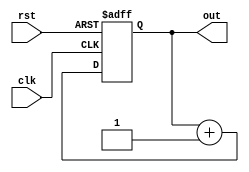
module counter8(clk, rst, out);
    input clk, rst;
    output reg [7:0] out;

    always @(posedge clk or posedge rst) begin
        if (rst == 1'b1)
            out <= 8'b00000000;
        else
            out <= out + 8'b00000001;
    end
endmodule



module cnt8TB();
    reg clk, rst;
    wire [7:0] out;
    
    counter8 UUT(.clk(clk), .rst(rst), .out(out));
    
    initial begin
        rst = 1;
        clk = 1; #10;
        rst = 0; #10;
        clk = 0; #10;
        repeat(50) begin
            clk = 1; #10;
            clk = 0; #10;
        end
  end
endmodule